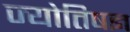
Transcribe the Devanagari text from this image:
ज्योतिषज्ञ